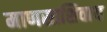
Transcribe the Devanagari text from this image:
माणसाशिवाय